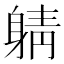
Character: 𲄤